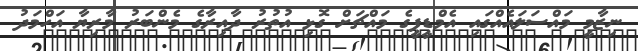
ނިޒާމީ މައްސަލައެއްގައި އެމްޑީޕީގެ މައްޗަށް ގޮޅި އުތުރު ދާއިރާގެ މެންބަރު މާރިޔާ އަހްމަދު